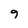
Character: 9